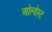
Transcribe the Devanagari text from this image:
ओल्डेस्ट